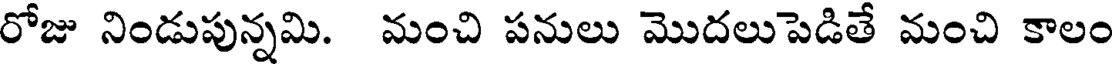
రోజు నిండుపున్నమి. మంచి పనులు మొదలుపెడితే మంచి కాలం